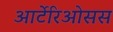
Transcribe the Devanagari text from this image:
आर्टेरिओसस